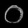
Digit: ၀